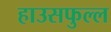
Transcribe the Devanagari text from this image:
हाउसफुल्ल